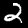
Digit: 2